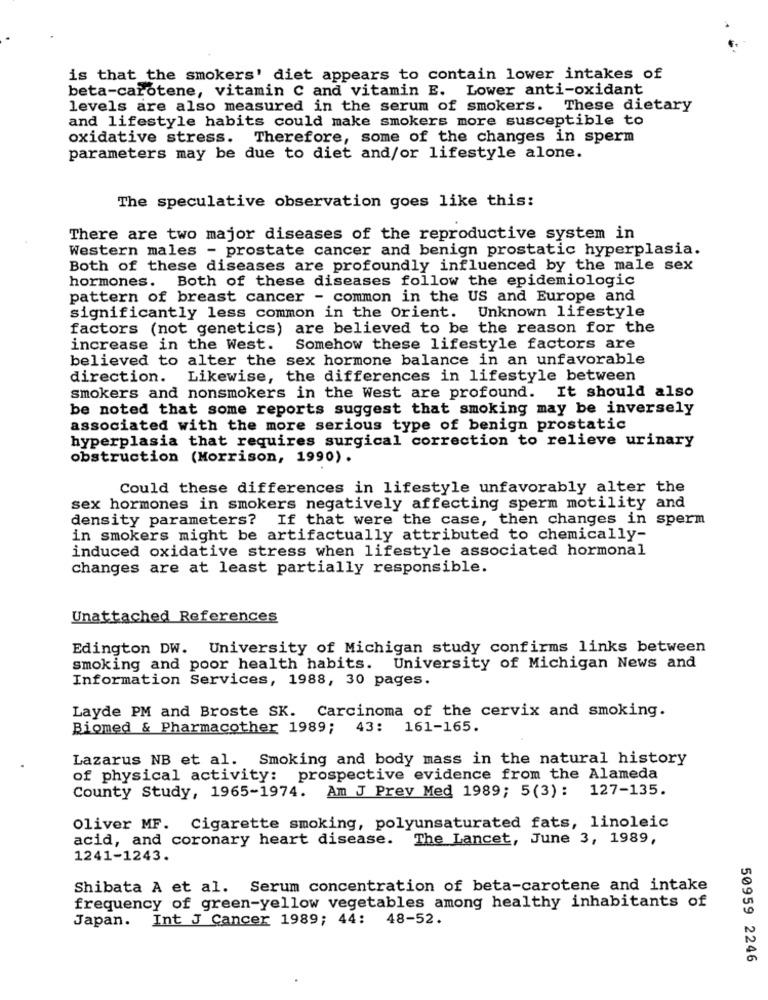
is that the smokers' diet appears to contain lower intakes of
beta-carotene, vitamin C and vitamin E. Lower anti-oxidant
levels are also measured in the serum of smokers. These dietary
and lifestyle habits could make smokers more susceptible to
oxidative stress. Therefore, some of the changes in sperm
parameters may be due to diet and/or lifestyle alone.
The speculative observation goes like this:
There are two major diseases of the reproductive system in
Western males - prostate cancer and benign prostatic hyperplasia.
Both of these diseases are profoundly influenced by the male sex
hormones. Both of these diseases follow the epidemiologic
pattern of breast cancer - common in the US and Europe and
significantly less common in the Orient. Unknown lifestyle
factors (not genetics) are believed to be the reason for the
increase in the West.
Somehow these lifestyle factors are
believed to alter the sex hormone balance in an unfavorable
direction. Likewise, the differences in lifestyle between
smokers and nonsmokers in the West are profound. It should also
be noted that some reports suggest that smoking may be inversely
associated with the more serious type of benign prostatic
hyperplasia that requires surgical correction to relieve urinary
obstruction (Morrison, 1990).
Could these differences in lifestyle unfavorably alter the
sex hormones in smokers negatively affecting sperm motility and
density parameters? If that were the case, then changes in sperm
in smokers might be artifactually attributed to chemically-
induced oxidative stress when lifestyle associated hormonal
changes are at least partially responsible.
Unattached References
Edington DW. University of Michigan study confirms links between
smoking and poor health habits.
University of Michigan News and
Information Services, 1988, 30 pages.
Layde PM and Broste SK. Carcinoma of the cervix and smoking.
Biomed & Pharmacother 1989;
43:
161-165.
Lazarus NB et al. Smoking and body mass in the natural history
of physical activity: prospective evidence from the Alameda
County Study, 1965-1974. Am J Prev Med 1989; 5(3): 127-135.
Oliver MF. Cigarette smoking, polyunsaturated fats, linoleic
acid, and coronary heart disease.
The Lancet, June 3, 1989,
1241-1243.
Shibata A et al. Serum concentration of beta-carotene and intake
frequency of green-yellow vegetables among healthy inhabitants of
Japan. Int J Cancer 1989; 44: 48-52.
50959 2246